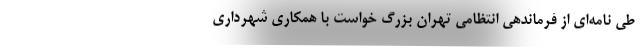
طی نامه‌ای از فرماندهی انتظامی تهران بزرگ خواست با همکاری شهرداری